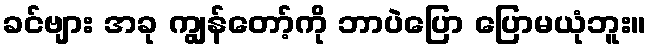
ခင်ဗျား အခု ကျွန်တော့်ကို ဘာပဲပြော ပြောမယုံဘူး။